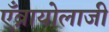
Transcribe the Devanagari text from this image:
एँब्रायोलाजी